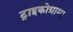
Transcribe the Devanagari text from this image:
ट्राइकोग्रामा